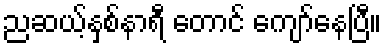
ညဆယ့်နှစ်နာရီ တောင် ကျော်နေပြီ။